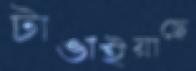
টাঙাইয়াছে